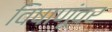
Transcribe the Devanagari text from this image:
विषाणूंवर